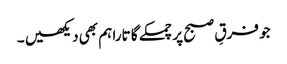
جو فرقِ صبح پر چمکے گا تارا ہم بھی دیکھیں ۔